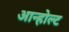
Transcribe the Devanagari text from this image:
आन्होल्ट